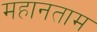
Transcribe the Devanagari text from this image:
महानताम